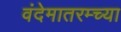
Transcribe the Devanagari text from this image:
वंदेमातरम्च्या